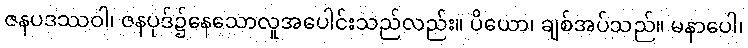
ဇနပဒဿဝါ၊ ဇနပုဒ်၌နေသောလူအပေါင်းသည်လည်း။ ပိယော၊ ချစ်အပ်သည်။ မနာပေါ၊